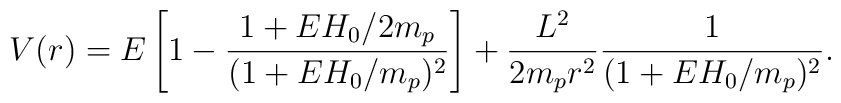
V(r)=E\left [1-\frac{1+EH_0/2m_p}{(1+EH_0/m_p)^2}\right]        +\frac{L^2}{2m_p r^2 }\frac{1}{(1+EH_0/m_p)^2}.